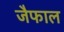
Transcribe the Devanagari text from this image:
जैफाल